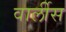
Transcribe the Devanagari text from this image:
वार्लीस